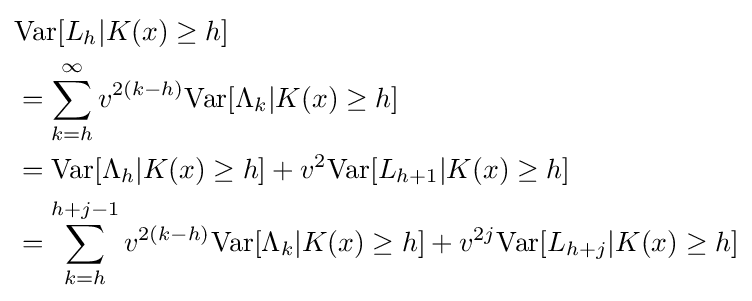
{\begin{aligned}&\mathrm {Var} [L_{h}|K(x)\geq h]\\&=\sum _{k=h}^{\infty }v^{2(k-h)}\mathrm {Var} [\Lambda _{k}|K(x)\geq h]\\&=\mathrm {Var} [\Lambda _{h}|K(x)\geq h]+v^{2}\mathrm {Var} [L_{h+1}|K(x)\geq h]\\&=\sum _{k=h}^{h+j-1}v^{2(k-h)}\mathrm {Var} [\Lambda _{k}|K(x)\geq h]+v^{2j}\mathrm {Var} [L_{h+j}|K(x)\geq h]\end{aligned}}